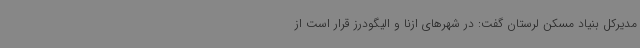
مدیرکل بنیاد مسکن لرستان گفت: در شهرهای ازنا و الیگودرز قرار است از